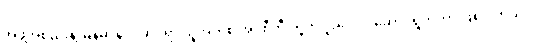
အဖွဲ့အစည်းနဲ့ မြန်မာနိုင်ငံဆိုင်ရာ ယူအက်စ် အိုင်စီတီ တို့က ပူးပေါင်း ဆောင်ရွက်တာ ဖြစ်ပါတယ်။